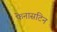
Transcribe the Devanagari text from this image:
फेनासटिन